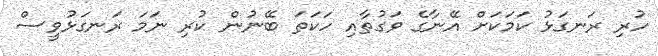
ހުރި ރަނގަޅު ކަމަކަށް އޭނާގެ ވަގުތާއި ހަކަތަ ބޭނުން ކުރި ނަމަ ރަނގަޅުވީސް